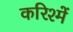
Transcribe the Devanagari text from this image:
करिश्में